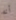
أنه